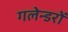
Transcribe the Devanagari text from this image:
गलेन्डरों